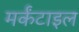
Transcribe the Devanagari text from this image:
मर्कंटाइल